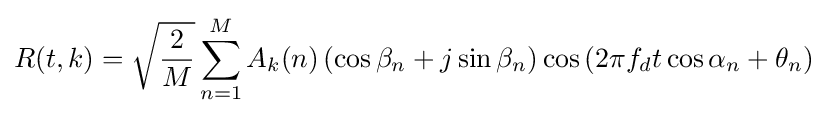
R(t,k)={\sqrt {\frac {2}{M}}}\sum _{n=1}^{M}A_{k}(n)\left(\cos \beta _{n}+j\sin \beta _{n}\right)\cos \left(2\pi f_{d}t\cos \alpha _{n}+\theta _{n}\right)